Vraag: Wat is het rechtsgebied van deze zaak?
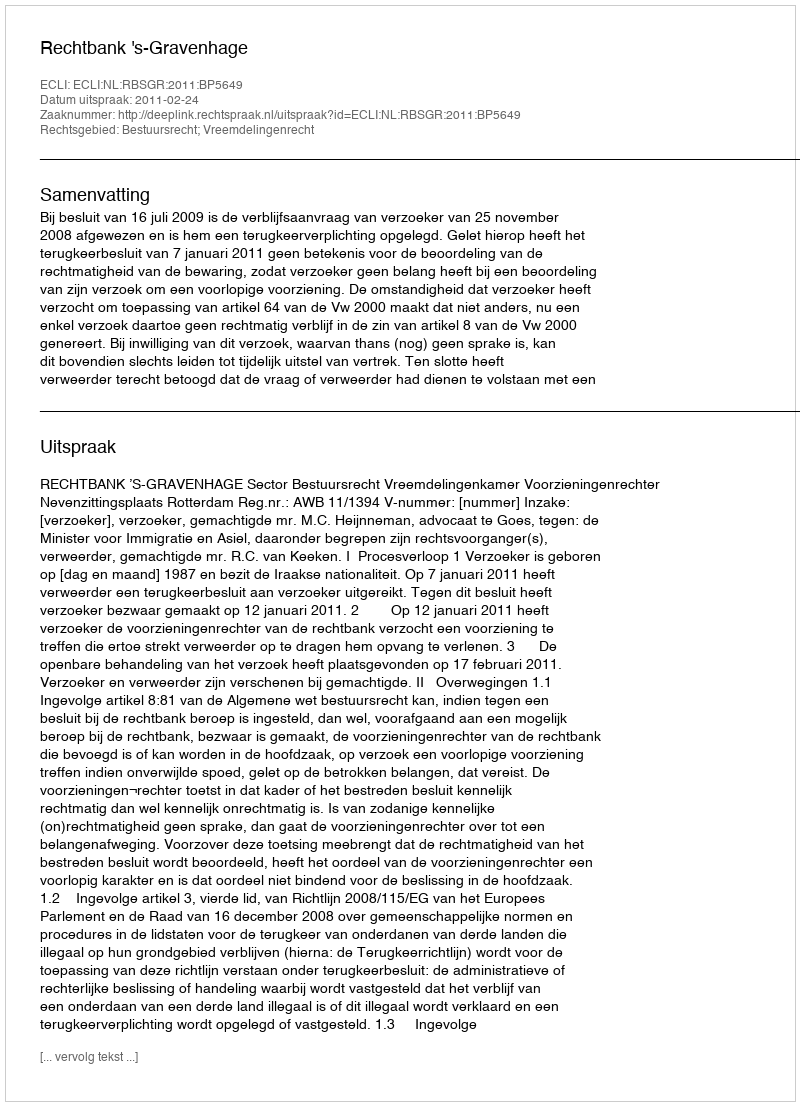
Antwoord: Bestuursrecht; Vreemdelingenrecht